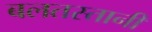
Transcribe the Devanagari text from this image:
बलतस्तानी